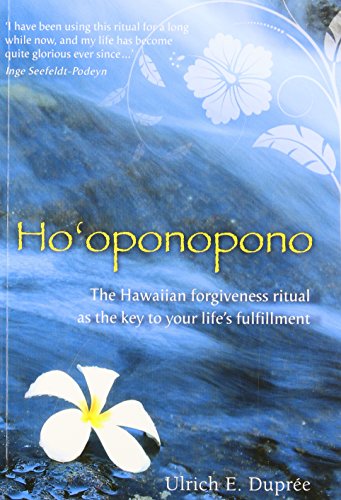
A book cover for Ho'oponopono: The Hawaiian Forgiveness Ritual as the Key to Your Life's Fulfillment; Ulrich E. DuprÃ©e; Self-Help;